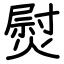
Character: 熨